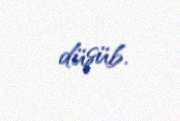
düşüb.